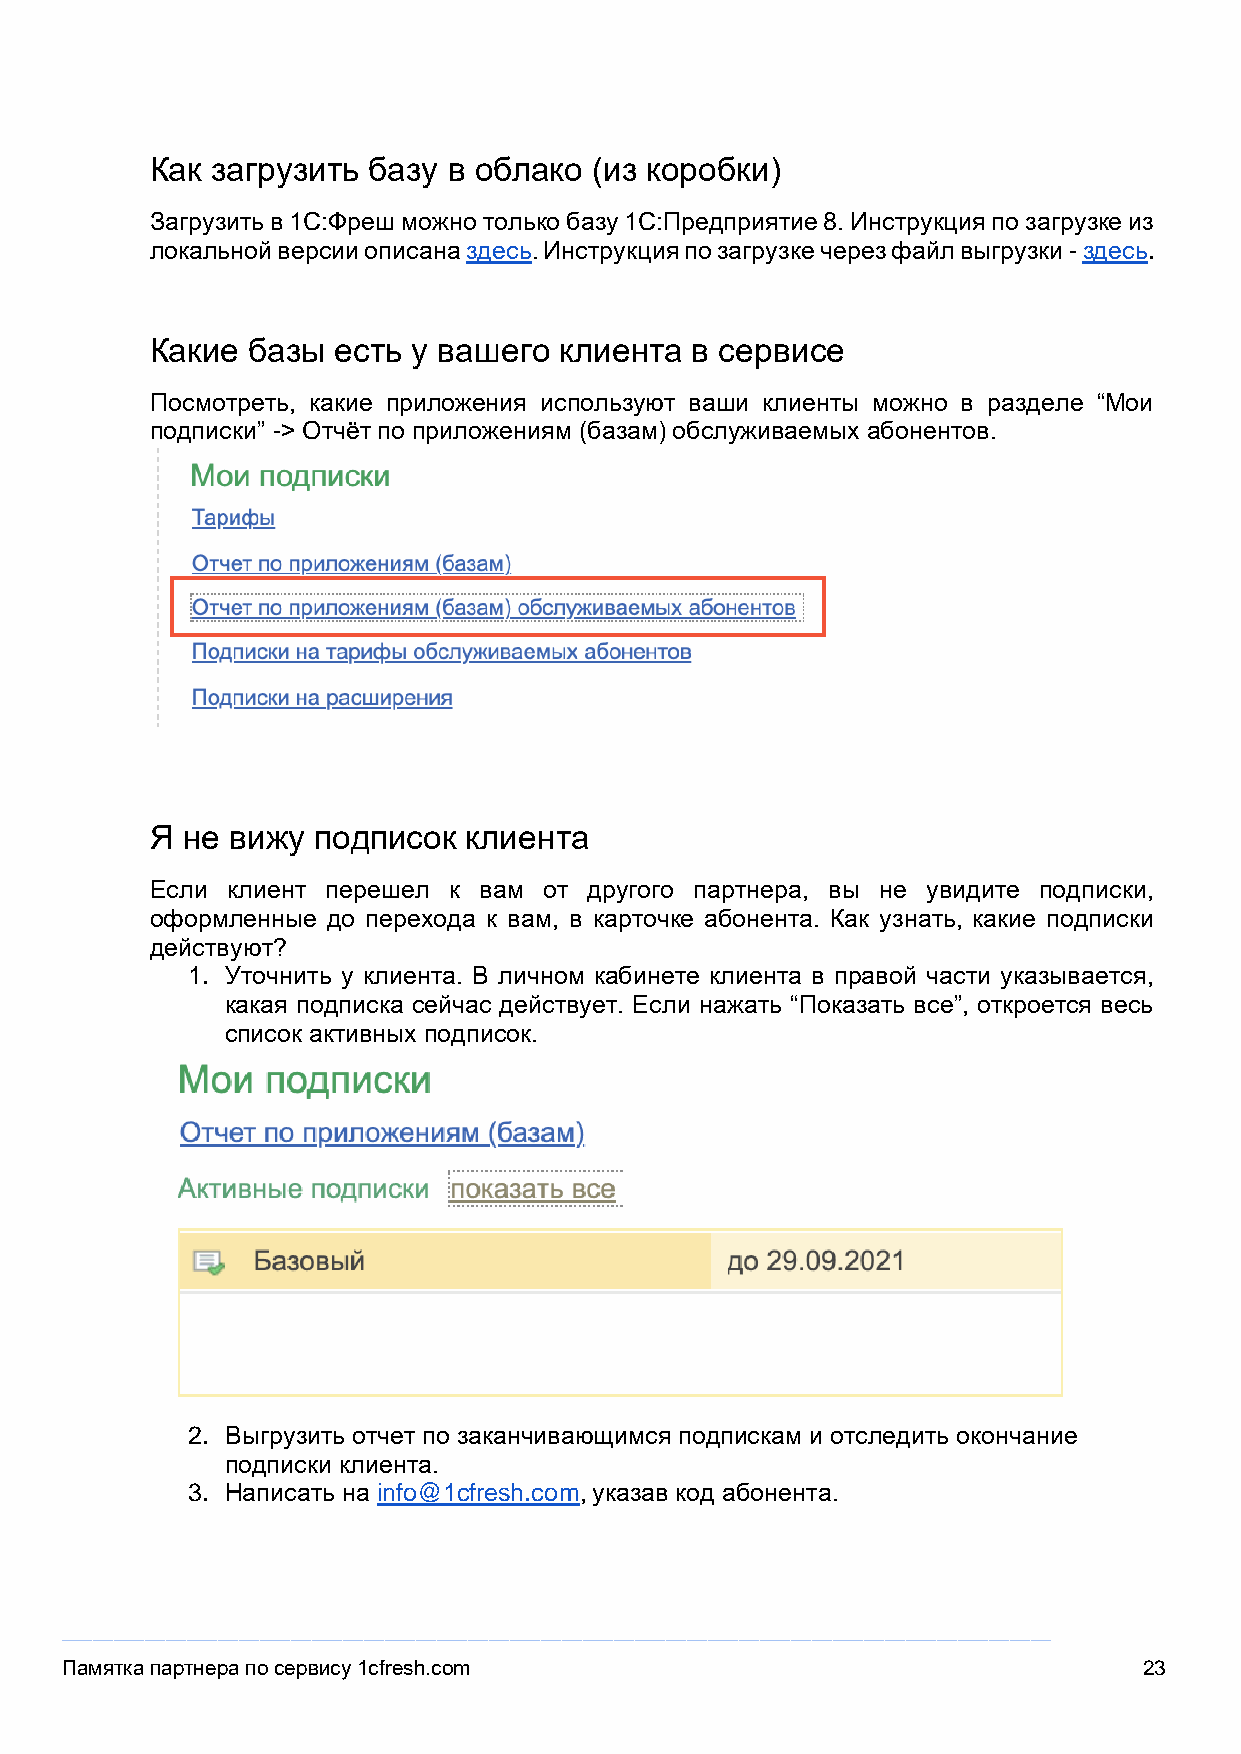
Как загрузить базу  в облако (из коробки)
 Загрузить в 1С:Фреш можно только базу 1С:Предприятие 8. Инструкция по загрузке из
 локальной версии описана здесь. Инструкция по загрузке через файл выгрузки - здесь.
 Какие  базы есть у вашего  клиента  в сервисе
 Посмотреть, какие приложения используют ваши клиенты можно в разделе “Мои
 подписки” -> Отчёт по приложениям (базам) обслуживаемых абонентов.
 Я не вижу  подписок  клиента
 Если клиент перешел к вам от другого партнера, вы не увидите подписки,
 оформленные до перехода к вам, в карточке абонента. Как узнать, какие подписки
 действуют?
 1. Уточнить у клиента. В личном кабинете клиента в правой части указывается,
 какая подписка сейчас действует. Если нажать “Показать все”, откроется весь
 список активных подписок.
 2. Выгрузить отчет по заканчивающимся подпискам и отследить окончание
 подписки клиента.
 3. Написать на info@1cfresh.com, указав код абонента.
 _______________________________________________________________________________________________
 Памятка партнера по сервису 1cfresh.com                                 23